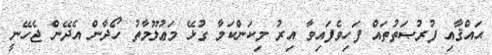
ޙައްޤާއި ފުރުޞަތުތައް ފަހިވެފައިވާ އިރު މިކަންކަމާ ގުޅޭ މަޢުލޫމާތު ހޯދާން އެދޭން ޖެހޭނީ